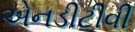
એનડીટીવી